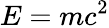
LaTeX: E=mc^{2}